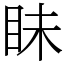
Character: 眛